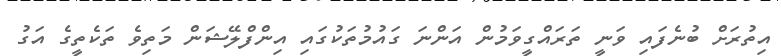
އިތުރަށް ބުނެފައި ވަނީ ތަރައްގީވަމުން އަންނަ ގައުމުތަކުގައި އިންފްލޭޝަން މަތިވެ ތަކެތީގެ އަގު